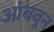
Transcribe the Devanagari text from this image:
आंबवून